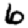
Digit: 6